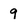
Character: 9